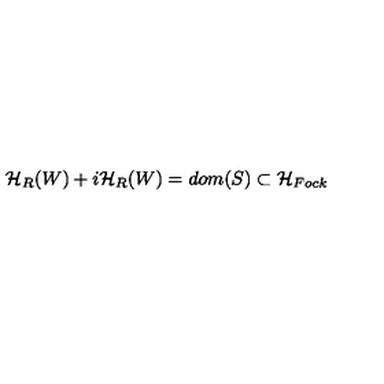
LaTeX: { \cal H } _ { R } ( W ) + i { \cal H } _ { R } ( W ) = d o m ( S ) \subset { \cal H } _ { F o c k }